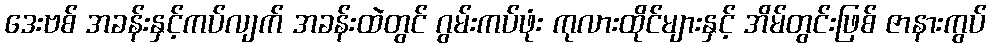
ဒေးဗစ် အခန်းနှင့်ကပ်လျက် အခန်းထဲတွင် ဂွမ်းကပ်ဖုံး ကုလားထိုင်များနှင့် အိမ်တွင်းဖြစ် ဇာနားကွပ်